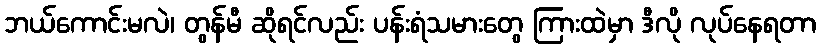
ဘယ်ကောင်းမလဲ၊ တွန်မီ ဆိုရင်လည်း ပန်းရံသမားတွေ ကြားထဲမှာ ဒီလို လုပ်နေရတာ